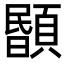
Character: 𩔉